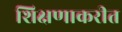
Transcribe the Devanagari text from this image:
शिक्षणाकरीत